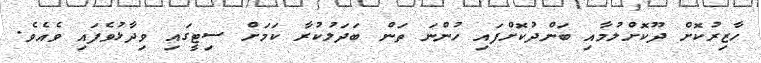
ހާޒިރުކޮށް ދޫކޮށްލުމާއި ބަންދުކޮށްފައި ހުންނަ ތަން ބަދަލުކުރާ ކަމަށް ސިޓީގައި ވިދާޅުވެފައި ވެއެވެ.